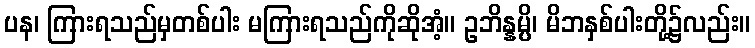
ပန၊ ကြားရသည်မှတစ်ပါး မကြားရသည်ကိုဆိုအံ့။ ဥဘိန္နမ္ပိ၊ မိဘနှစ်ပါးတို့၌လည်း။